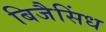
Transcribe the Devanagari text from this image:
बिजैसिंध